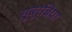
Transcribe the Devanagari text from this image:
सुबुर्बिया